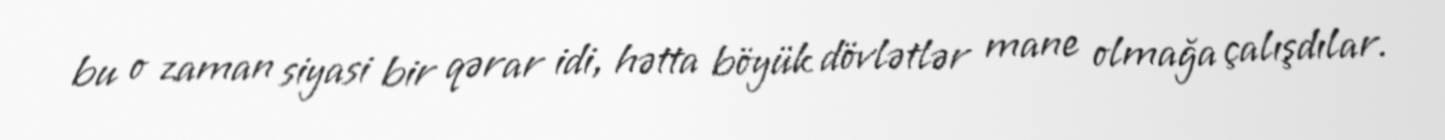
bu o zaman siyasi bir qərar idi, hətta böyük dövlətlər mane olmağa çalışdılar.